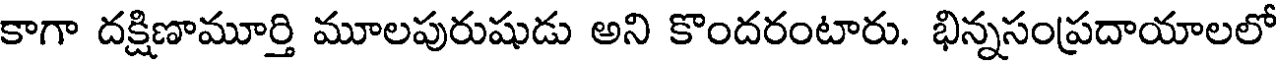
కాగా దక్షిణామూర్తి మూలపురుషుడు అని కొందరంటారు. భిన్నసంప్రదాయాలలో